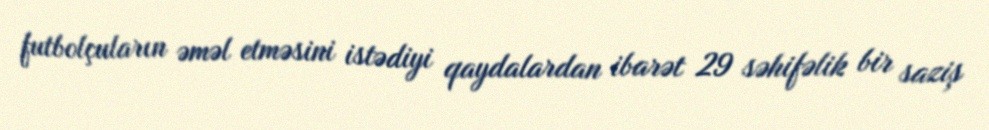
futbolçuların əməl etməsini istədiyi qaydalardan ibarət 29 səhifəlik bir saziş